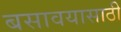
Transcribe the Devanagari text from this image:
बसावयासाठी